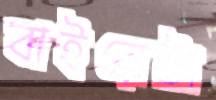
বাইরেটা